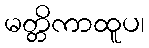
မတ္တိကာထူပ၊